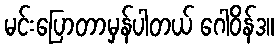
မင်းပြောတာမှန်ပါတယ် ဂေါဝိန်ဒ။